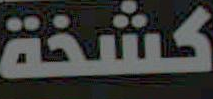
كشخة